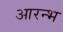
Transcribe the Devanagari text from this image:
आरन्भ